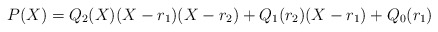
\begin{align*}P(X) = Q_2(X) (X - r_1)(X - r_2) + Q_1(r_2)(X - r_1) + Q_0(r_1)\end{align*}